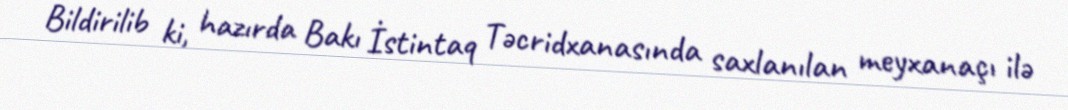
Bildirilib ki, hazırda Bakı İstintaq Təcridxanasında saxlanılan meyxanaçı ilə